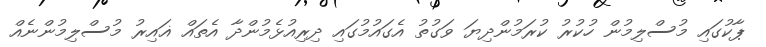
ޕާކުގައި މުސްލިމުން ހުކުރު ކުރަމުންދިޔަ ވަގުތު އެގައުމުގައި ދިރިއުޅެމުންދާ އެތައް ޣައިރު މުސްލިމުންނެއް